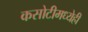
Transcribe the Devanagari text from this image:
कसोटीमध्येही